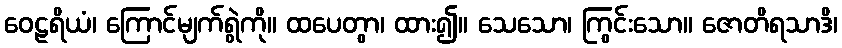
ဝေဠရိယံ၊ ကြောင်မျက်ရွဲကို။ ထပေတွာ၊ ထား၍။ သေသော၊ ကြွင်းသော။ ဇောတိရသာဒိ၊